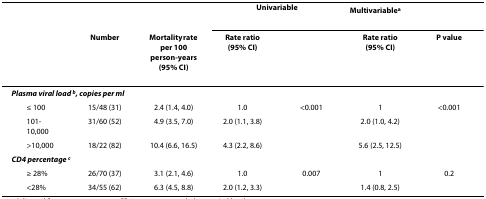
<table><thead><tr><td></td><td></td><td></td><td colspan="2"><b>Univariable</b></td><td colspan="2"><b>Multivariable <sup>a</sup></b></td></tr><tr><td></td><td><b>Number</b></td><td><b>Mortality rate per 100 person-years(95% CI)</b></td><td><b>Rate ratio(95% CI)</b></td><td></td><td><b>Rate ratio(95% CI)</b></td><td><b>P value</b></td></tr></thead><tbody><tr><td colspan="3"><b><i>Plasma viral load </i></b><sup><b><i>b</i></b></sup><b><i>, copies per ml</i></b></td><td></td><td></td><td></td><td></td></tr><tr><td> ≤ 100</td><td>15/48 (31)</td><td>2.4 (1.4, 4.0)</td><td>1.0</td><td>&lt;0.001</td><td>1</td><td>&lt;0.001</td></tr><tr><td> 101-10,000</td><td>31/60 (52)</td><td>4.9 (3.5, 7.0)</td><td>2.0 (1.1, 3.8)</td><td></td><td>2.0 (1.0, 4.2)</td><td></td></tr><tr><td> &gt;10,000</td><td>18/22 (82)</td><td>10.4 (6.6, 16.5)</td><td>4.3 (2.2, 8.6)</td><td></td><td>5.6 (2.5, 12.5)</td><td></td></tr><tr><td colspan="2"><b><i>CD4 percentage </i></b><sup><b><i>c</i></b></sup></td><td></td><td></td><td></td><td></td><td></td></tr><tr><td> ≥ 28%</td><td>26/70 (37)</td><td>3.1 (2.1, 4.6)</td><td>1.0</td><td>0.007</td><td>1</td><td>0.2</td></tr><tr><td> &lt;28%</td><td>34/55 (62)</td><td>6.3 (4.5, 8.8)</td><td>2.0 (1.2, 3.3)</td><td></td><td>1.4 (0.8, 2.5)</td><td></td></tr></tbody></table>